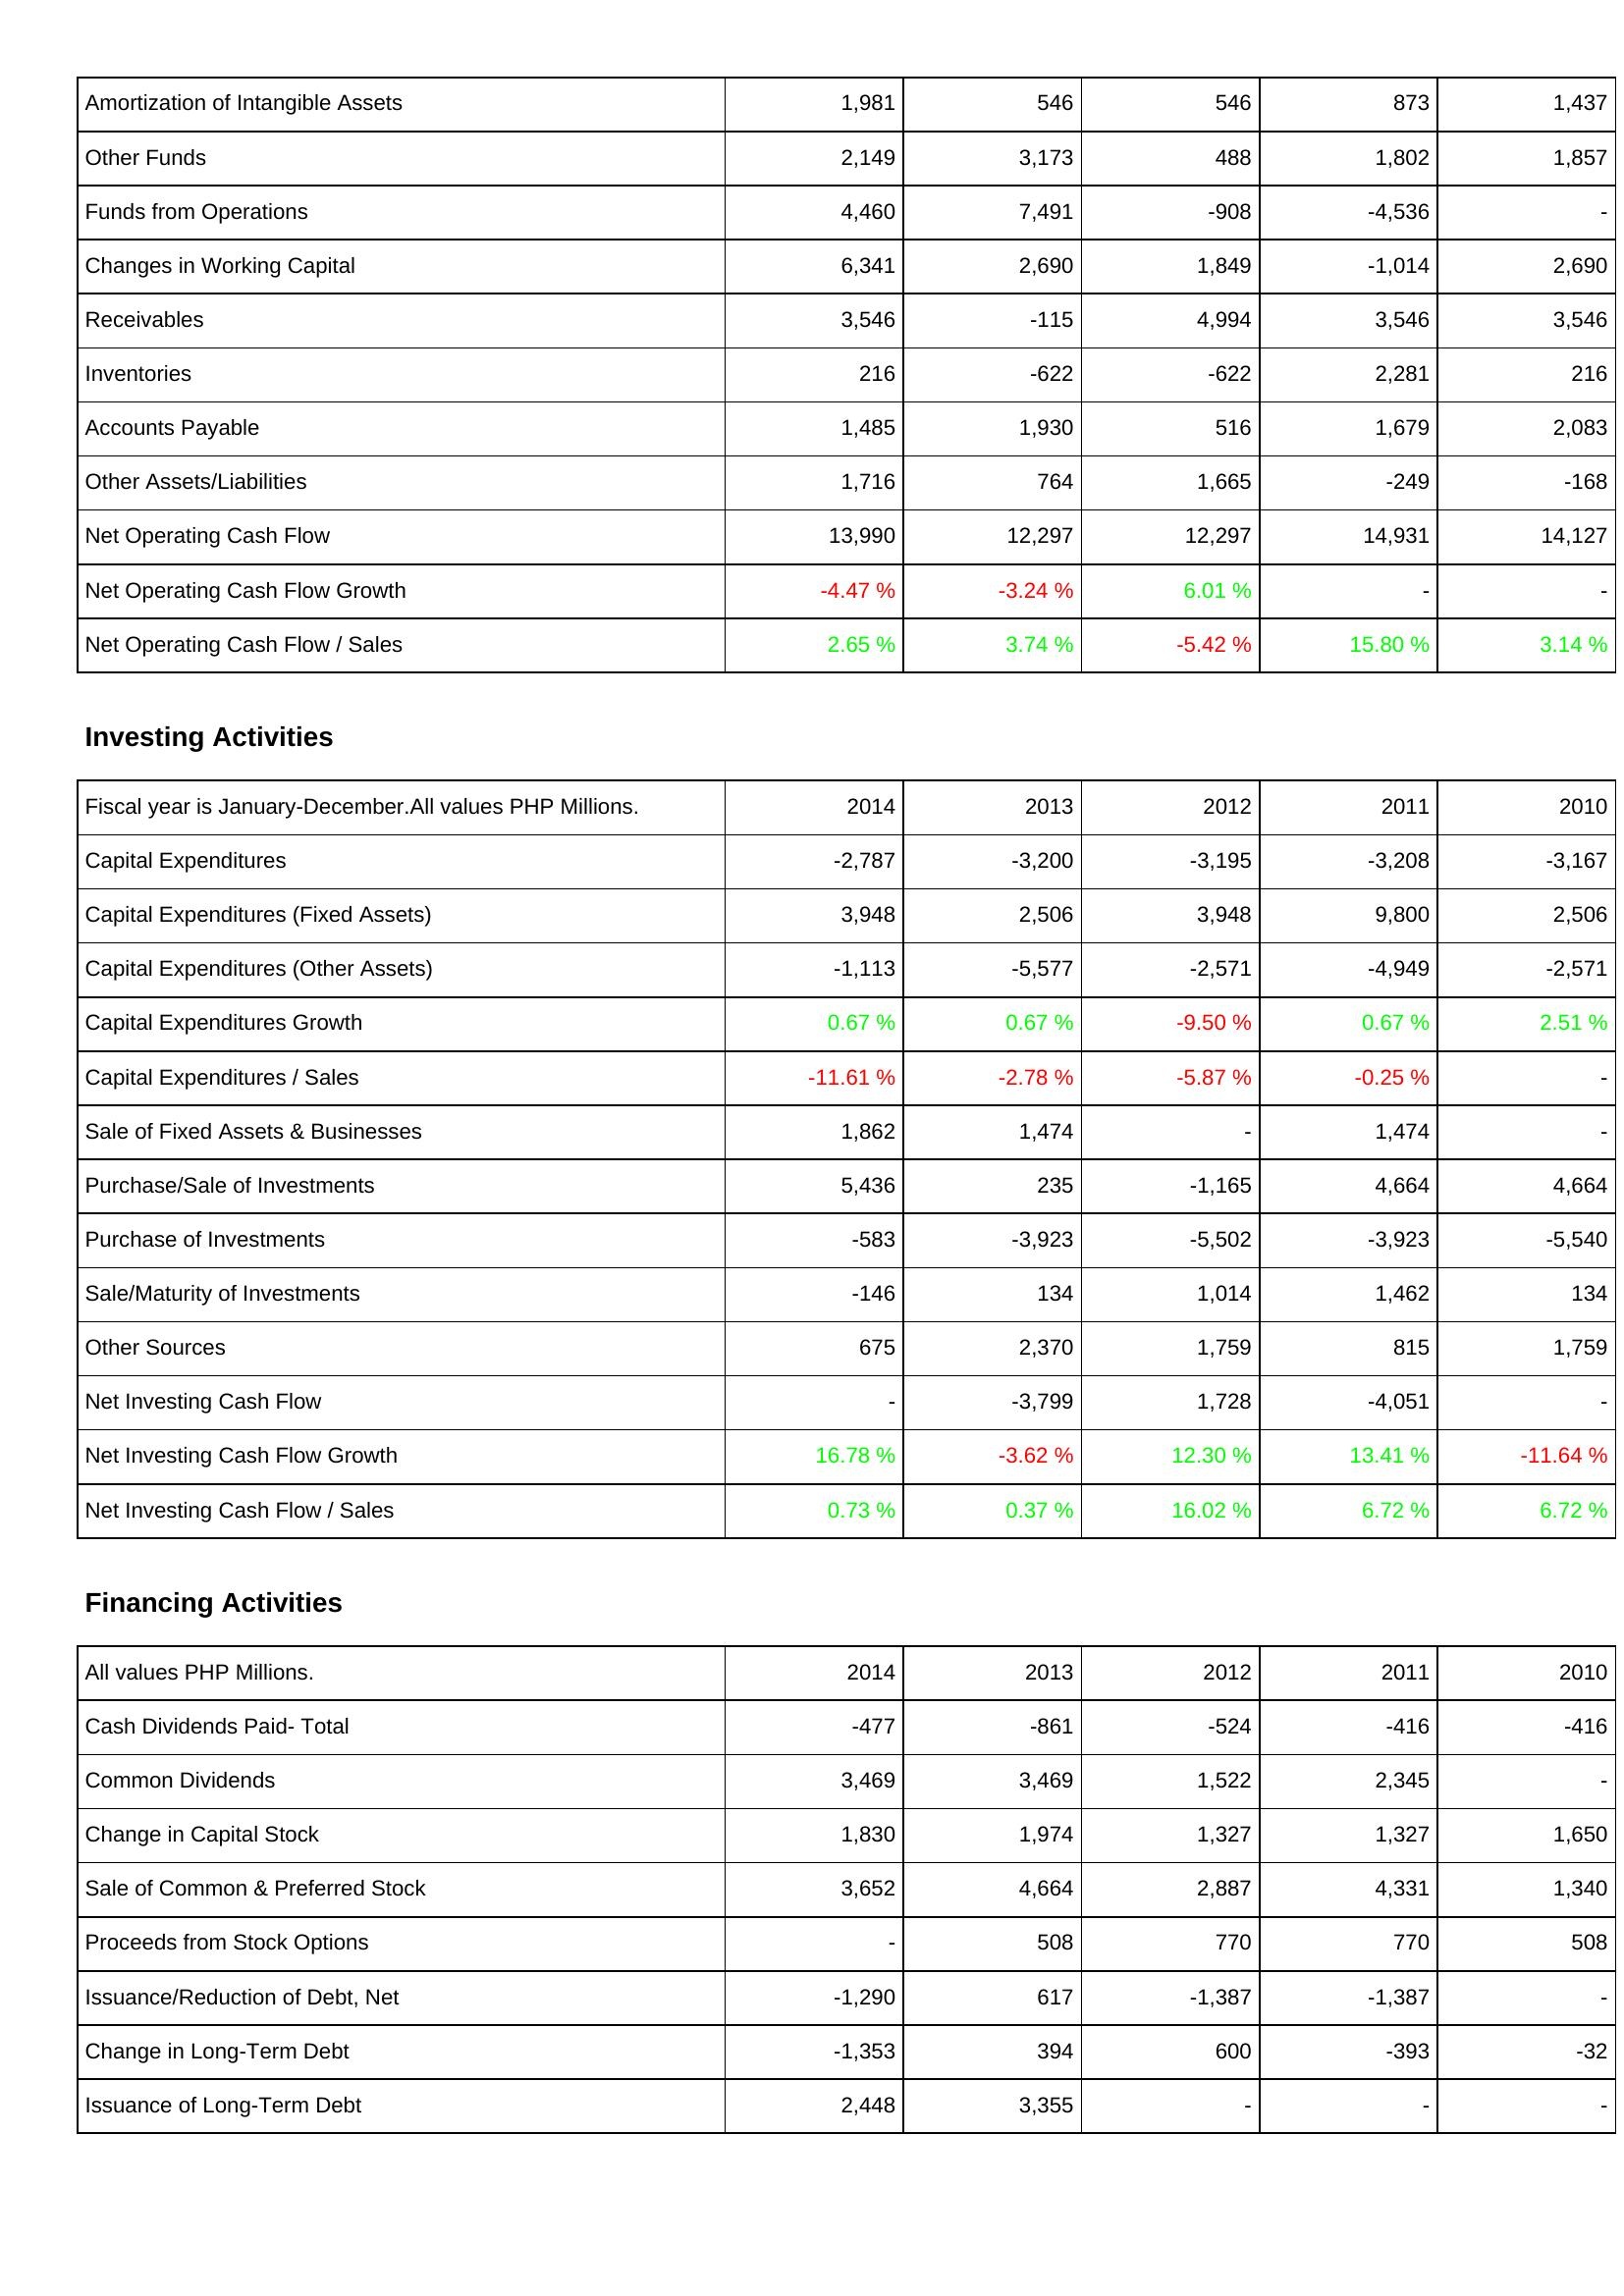
2014: Operating Activities: Amortization of Intangible Assets: 1,981
Other Funds: 2,149
Funds from Operations: 4,460
Changes in Working Capital: 6,341
Receivables: 3,546
Inventories: 216
Accounts Payable: 1,485
Other Assets/Liabilities: 1,716
Net Operating Cash Flow: 13,990
Net Operating Cash Flow Growth: -4.47 %
Net Operating Cash Flow / Sales: 2.65 %
Investing Activities: Capital Expenditures: -2,787
Capital Expenditures (Fixed Assets): 3,948
Capital Expenditures (Other Assets): -1,113
Capital Expenditures Growth: 0.67 %
Capital Expenditures / Sales: -11.61 %
Sale of Fixed Assets & Businesses: 1,862
Purchase/Sale of Investments: 5,436
Purchase of Investments: -583
Sale/Maturity of Investments: -146
Other Sources: 675
Net Investing Cash Flow: -
Net Investing Cash Flow Growth: 16.78 %
Net Investing Cash Flow / Sales: 0.73 %
Financing Activities: Cash Dividends Paid- Total: -477
Common Dividends: 3,469
Change in Capital Stock: 1,830
Sale of Common & Preferred Stock: 3,652
Proceeds from Stock Options: -
Issuance/Reduction of Debt, Net: -1,290
Change in Long-Term Debt: -1,353
Issuance of Long-Term Debt: 2,448
2013: Operating Activities: Amortization of Intangible Assets: 546
Other Funds: 3,173
Funds from Operations: 7,491
Changes in Working Capital: 2,690
Receivables: -115
Inventories: -622
Accounts Payable: 1,930
Other Assets/Liabilities: 764
Net Operating Cash Flow: 12,297
Net Operating Cash Flow Growth: -3.24 %
Net Operating Cash Flow / Sales: 3.74 %
Investing Activities: Capital Expenditures: -3,200
Capital Expenditures (Fixed Assets): 2,506
Capital Expenditures (Other Assets): -5,577
Capital Expenditures Growth: 0.67 %
Capital Expenditures / Sales: -2.78 %
Sale of Fixed Assets & Businesses: 1,474
Purchase/Sale of Investments: 235
Purchase of Investments: -3,923
Sale/Maturity of Investments: 134
Other Sources: 2,370
Net Investing Cash Flow: -3,799
Net Investing Cash Flow Growth: -3.62 %
Net Investing Cash Flow / Sales: 0.37 %
Financing Activities: Cash Dividends Paid- Total: -861
Common Dividends: 3,469
Change in Capital Stock: 1,974
Sale of Common & Preferred Stock: 4,664
Proceeds from Stock Options: 508
Issuance/Reduction of Debt, Net: 617
Change in Long-Term Debt: 394
Issuance of Long-Term Debt: 3,355
2012: Operating Activities: Amortization of Intangible Assets: 546
Other Funds: 488
Funds from Operations: -908
Changes in Working Capital: 1,849
Receivables: 4,994
Inventories: -622
Accounts Payable: 516
Other Assets/Liabilities: 1,665
Net Operating Cash Flow: 12,297
Net Operating Cash Flow Growth: 6.01 %
Net Operating Cash Flow / Sales: -5.42 %
Investing Activities: Capital Expenditures: -3,195
Capital Expenditures (Fixed Assets): 3,948
Capital Expenditures (Other Assets): -2,571
Capital Expenditures Growth: -9.50 %
Capital Expenditures / Sales: -5.87 %
Sale of Fixed Assets & Businesses: -
Purchase/Sale of Investments: -1,165
Purchase of Investments: -5,502
Sale/Maturity of Investments: 1,014
Other Sources: 1,759
Net Investing Cash Flow: 1,728
Net Investing Cash Flow Growth: 12.30 %
Net Investing Cash Flow / Sales: 16.02 %
Financing Activities: Cash Dividends Paid- Total: -524
Common Dividends: 1,522
Change in Capital Stock: 1,327
Sale of Common & Preferred Stock: 2,887
Proceeds from Stock Options: 770
Issuance/Reduction of Debt, Net: -1,387
Change in Long-Term Debt: 600
Issuance of Long-Term Debt: -
2011: Operating Activities: Amortization of Intangible Assets: 873
Other Funds: 1,802
Funds from Operations: -4,536
Changes in Working Capital: -1,014
Receivables: 3,546
Inventories: 2,281
Accounts Payable: 1,679
Other Assets/Liabilities: -249
Net Operating Cash Flow: 14,931
Net Operating Cash Flow Growth: -
Net Operating Cash Flow / Sales: 15.80 %
Investing Activities: Capital Expenditures: -3,208
Capital Expenditures (Fixed Assets): 9,800
Capital Expenditures (Other Assets): -4,949
Capital Expenditures Growth: 0.67 %
Capital Expenditures / Sales: -0.25 %
Sale of Fixed Assets & Businesses: 1,474
Purchase/Sale of Investments: 4,664
Purchase of Investments: -3,923
Sale/Maturity of Investments: 1,462
Other Sources: 815
Net Investing Cash Flow: -4,051
Net Investing Cash Flow Growth: 13.41 %
Net Investing Cash Flow / Sales: 6.72 %
Financing Activities: Cash Dividends Paid- Total: -416
Common Dividends: 2,345
Change in Capital Stock: 1,327
Sale of Common & Preferred Stock: 4,331
Proceeds from Stock Options: 770
Issuance/Reduction of Debt, Net: -1,387
Change in Long-Term Debt: -393
Issuance of Long-Term Debt: -
2010: Operating Activities: Amortization of Intangible Assets: 1,437
Other Funds: 1,857
Funds from Operations: -
Changes in Working Capital: 2,690
Receivables: 3,546
Inventories: 216
Accounts Payable: 2,083
Other Assets/Liabilities: -168
Net Operating Cash Flow: 14,127
Net Operating Cash Flow Growth: -
Net Operating Cash Flow / Sales: 3.14 %
Investing Activities: Capital Expenditures: -3,167
Capital Expenditures (Fixed Assets): 2,506
Capital Expenditures (Other Assets): -2,571
Capital Expenditures Growth: 2.51 %
Capital Expenditures / Sales: -
Sale of Fixed Assets & Businesses: -
Purchase/Sale of Investments: 4,664
Purchase of Investments: -5,540
Sale/Maturity of Investments: 134
Other Sources: 1,759
Net Investing Cash Flow: -
Net Investing Cash Flow Growth: -11.64 %
Net Investing Cash Flow / Sales: 6.72 %
Financing Activities: Cash Dividends Paid- Total: -416
Common Dividends: -
Change in Capital Stock: 1,650
Sale of Common & Preferred Stock: 1,340
Proceeds from Stock Options: 508
Issuance/Reduction of Debt, Net: -
Change in Long-Term Debt: -32
Issuance of Long-Term Debt: -